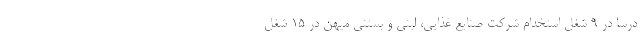
درسا در 9 شغل استخدام شرکت صنایع غذایی، لبنی و بستنی میهن در 15 شغل